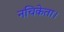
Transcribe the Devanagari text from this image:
नचिकेता।